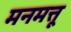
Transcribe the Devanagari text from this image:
मनमत्तू